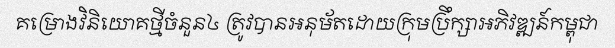
គម្រោងវិនិយោគថ្មីចំនួន៤ ត្រូវបានអនុម័តដោយក្រុមប្រឹក្សាអភិវឌ្ឍន៍កម្ពុជា